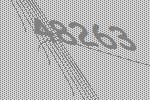
48263